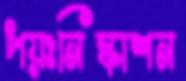
পয়ঃনিষ্কাশন